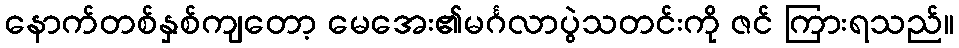
နောက်တစ်နှစ်ကျတော့ မေအေး၏မင်္ဂလာပွဲသတင်းကို ဇင် ကြားရသည်။